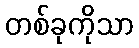
တစ်ခုကိုသာ